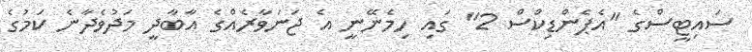
ސައިޓީސްގެ "އެޕެންޑިކްސް 2" ގައި ހިމެނޭނީ އެ ޖަނަވާރެއްގެ އާބާދީ މަދުވެދާނެ ކަމުގެ